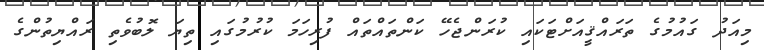
މިއަދު ގައުމުގެ ތަރައްޤީއަށްޓަކައި ކުރަންޖެހޭ ކަންތައްތައް ފުރިހަމަ ކުރުމުގައި ތިޔަ ލޮބުވެތި ރައްޔިތުންގެ